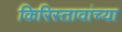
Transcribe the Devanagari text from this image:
किरिस्तावांच्या